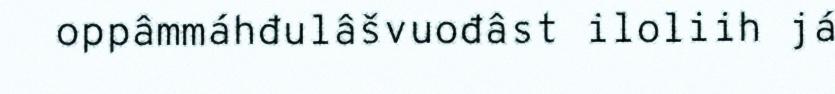
oppâmmáhđulâšvuođâst iloliih já